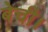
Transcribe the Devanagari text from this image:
बेची।